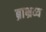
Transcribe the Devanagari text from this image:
ब्राभ्रव्य